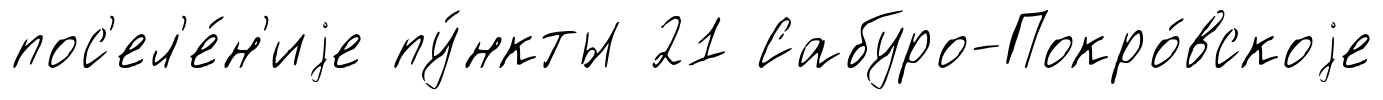
пос'ел'е́н'иjе пу́нкты 21 Сабуро-Покро́вскоjе